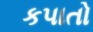
કપાતો